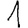
Digit: 1